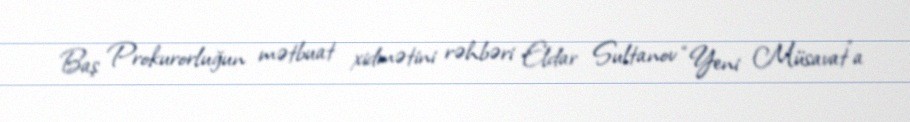
Baş Prokurorluğun mətbuat xidmətini rəhbəri Eldar Sultanov “Yeni Müsavat”a